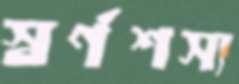
স্বর্ণশস্য